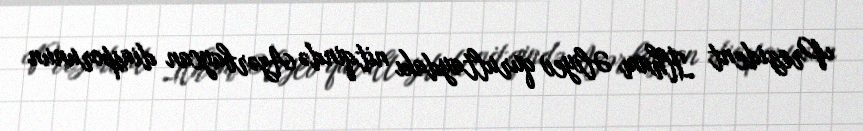
Prezident İlham Əliyev qurultaydakı nitqində Azərbaycan diasporunun